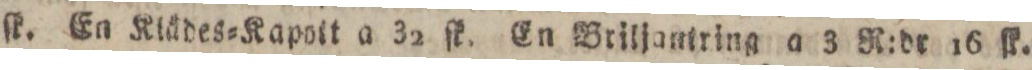
ſk. En Klädes=Kapott a 32 ſk. En Briljantring a 3 R:dr 16 ſk.